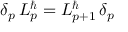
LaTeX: \delta _ { p } \, { \cal L } _ { p } ^ { \hbar } = { \cal L } _ { p + 1 } ^ { \hbar } \, \delta _ { p }